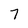
Character: 7